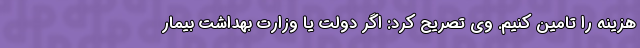
هزینه را تامین کنیم. وی تصریح کرد: اگر دولت یا وزارت بهداشت بیمار